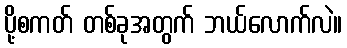
ပို့စကတ် တစ်ခုအတွက် ဘယ်လောက်လဲ။